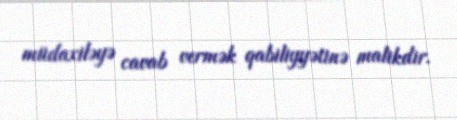
müdaxiləyə cavab vermək qabiliyyətinə malikdir.